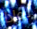
لماذا